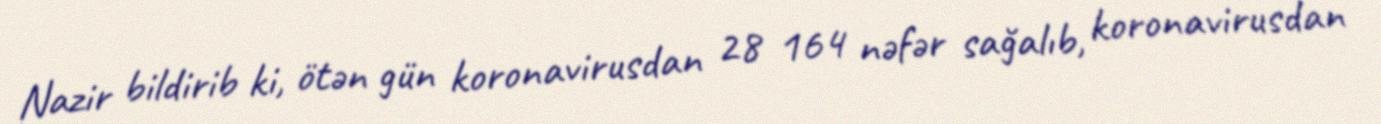
Nazir bildirib ki, ötən gün koronavirusdan 28 164 nəfər sağalıb, koronavirusdan